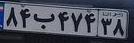
۸۴ب۴۷۴۳۸